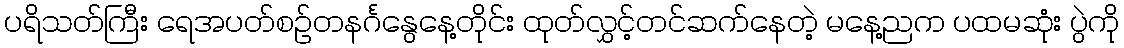
ပရိသတ်ကြီး ရေအပတ်စဉ်တနင်္ဂနွေနေ့တိုင်း ထုတ်လွှင့်တင်ဆက်နေတဲ့ မနေ့ညက ပထမဆုံး ပွဲကို